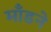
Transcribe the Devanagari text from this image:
माँडने